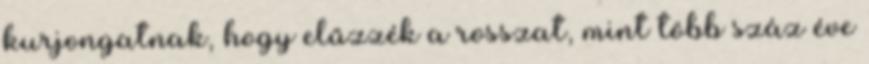
kurjongatnak, hogy elűzzék a rosszat, mint több száz éve